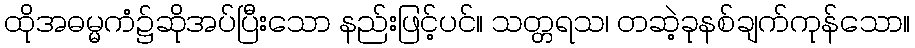
ထိုအဓမ္မကံ၌ဆိုအပ်ပြီးသော နည်းဖြင့်ပင်။ သတ္တရသ၊ တဆဲ့ခုနစ်ချက်ကုန်သော။